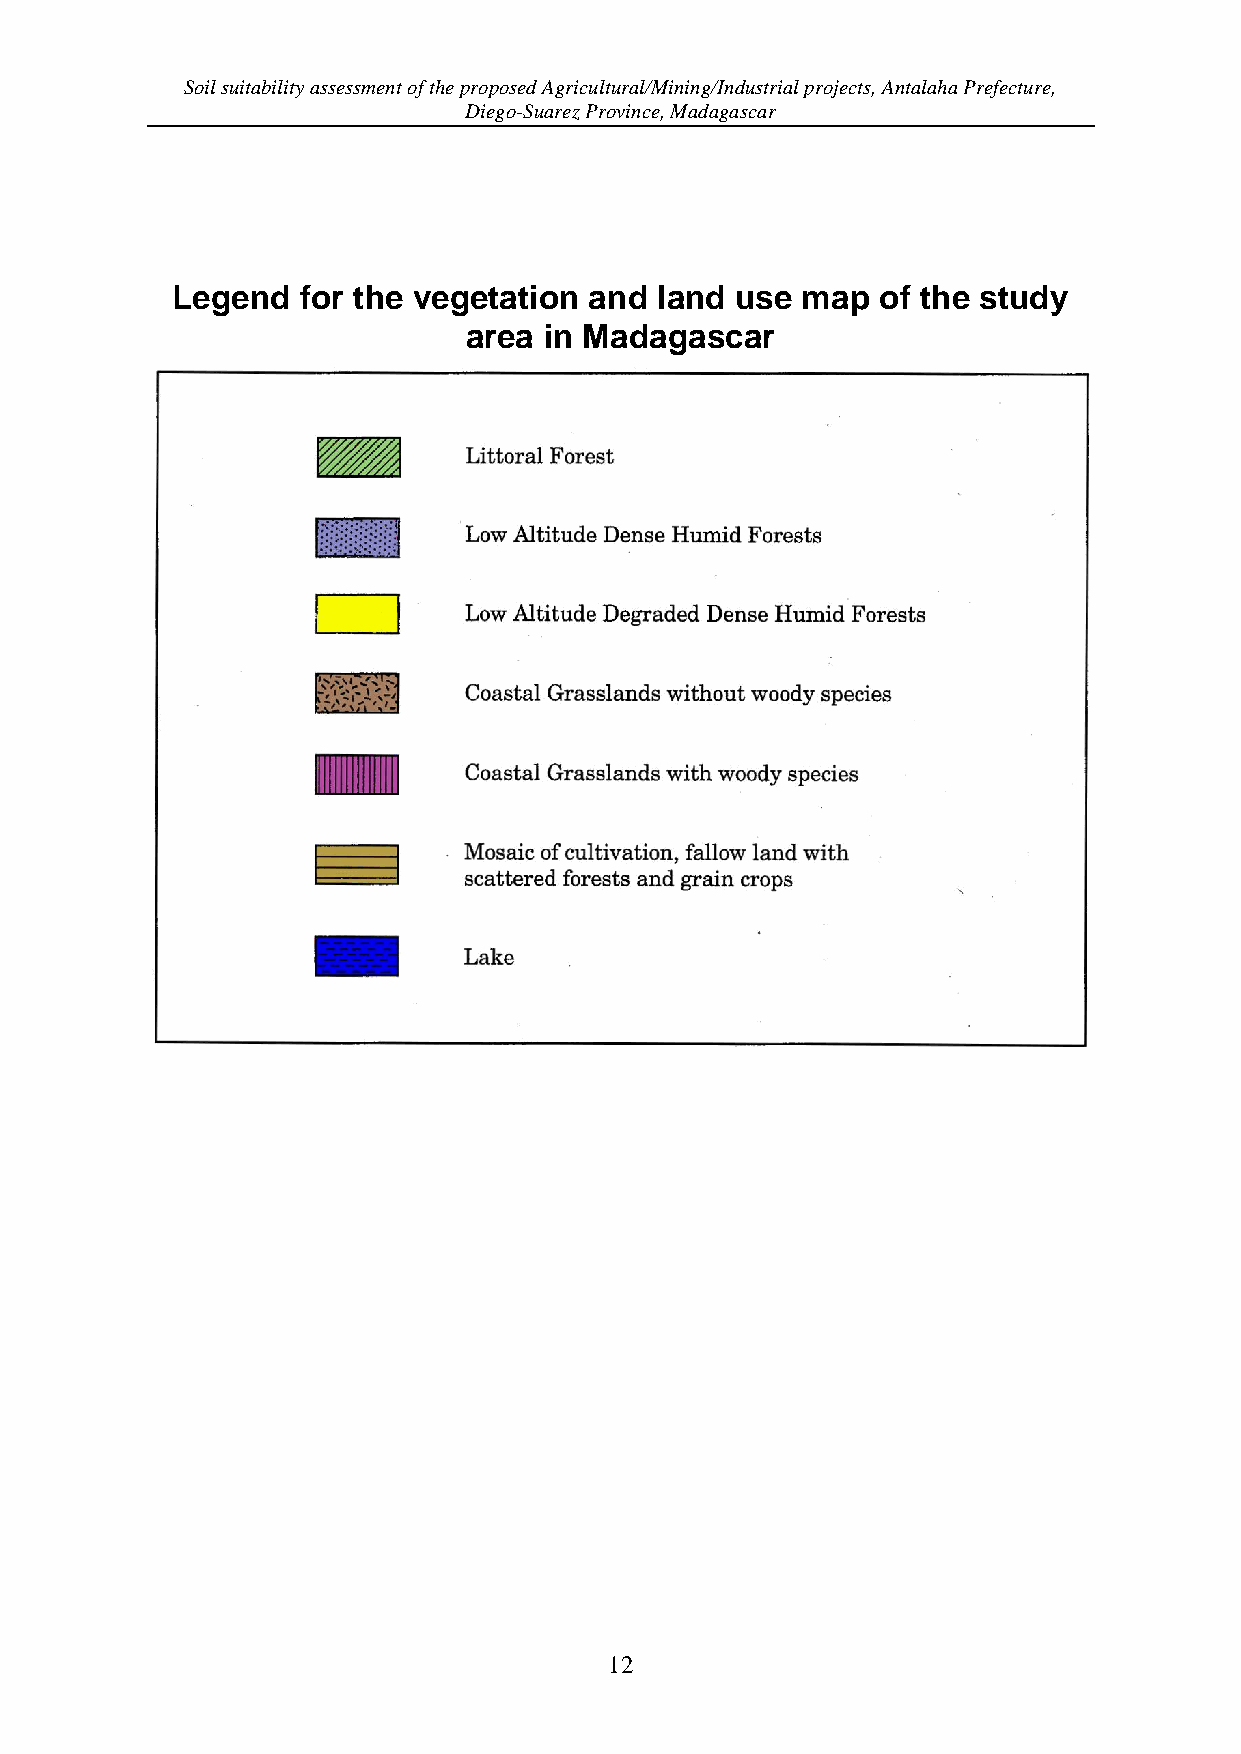
Soil suitability assessment of the proposed Agricultural/Mining/Industrial projects, Antalaha Prefecture,
 Diego-Suarez Province, Madagascar
 Legend   for the vegetation and land  use map  of the study
 area in Madagascar
 12